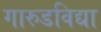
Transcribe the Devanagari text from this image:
गारुडविद्या